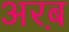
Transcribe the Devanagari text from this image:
अरब़